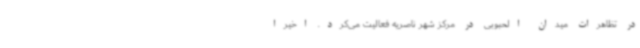
در تظاهرات میدان الحبوبی در مرکز شهر ناصریه فعالیت می‌کرد. اخیرا